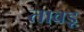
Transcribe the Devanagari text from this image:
तावड़ू